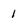
Character: 1